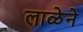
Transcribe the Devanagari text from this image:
लाळेने